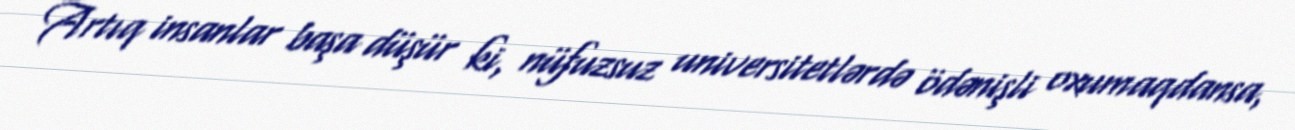
Artıq insanlar başa düşür ki, nüfuzsuz universitetlərdə ödənişli oxumaqdansa,